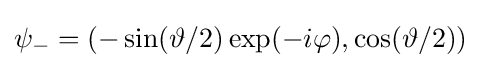
\psi _{-}=(-\sin(\vartheta /2)\exp(-i\varphi ),\cos(\vartheta /2))